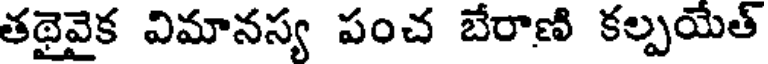
తథైవైక విమానస్య పంచ బేరాణి కల్పయేత్